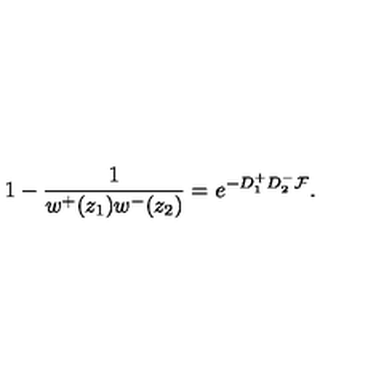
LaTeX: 1 - \frac 1 { w ^ { + } ( z _ { 1 } ) w ^ { - } ( z _ { 2 } ) } = e ^ { - D _ { 1 } ^ { + } D _ { 2 } ^ { - } { \cal F } } .